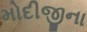
મોદીજીના